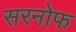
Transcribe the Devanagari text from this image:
सरनोफ